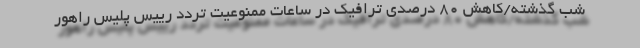
شب گذشته/کاهش ۸۰ درصدی ترافیک در ساعات ممنوعیت تردد رییس پلیس راهور